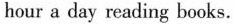
hour a day reading books.